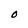
Character: O